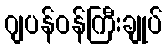
ဂျပန်ဝန်ကြီးချုပ်